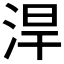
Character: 𣵡